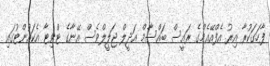
ފާހަގަކުރާ އިރު އެފްއޭއެމްގެ ރައީސް ބައްސާމް އަދީލް ޖަލީލްވެސް އޭނާގެ ޓްވިޓާ އެކައުންޓުގައި